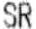
SR